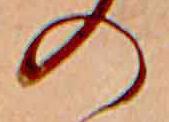
の